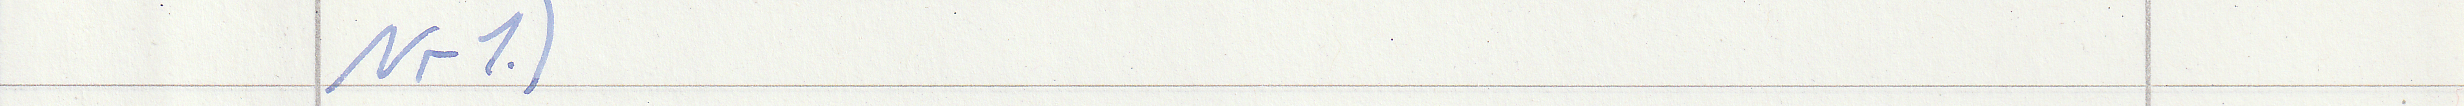
Nr1.)